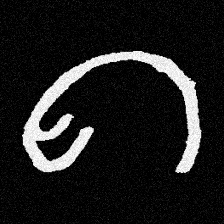
Pyu character \u2014 Myanmar letter: ဂ (romanized: ga)